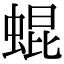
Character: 蜫